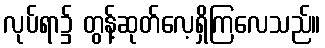
လုပ်ရာ၌ တွန့်ဆုတ်လေ့ရှိကြလေသည်။